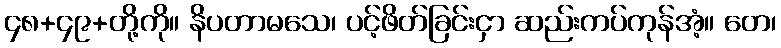
၄၈+၄၉+တို့ကို။ နိပတာမသေ၊ ပင့်ဖိတ်ခြင်းငှာ ဆည်းကပ်ကုန်အံ့။ တေ၊